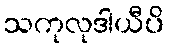
သကုလုဒါယီပိ